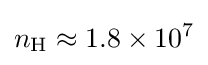
n_{\mathrm {H} }\approx 1.8\times 10^{7}